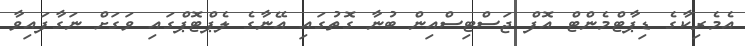
އެމެރިކާގެ ޑިޕާޓްމެންޓް އޮފް ޖަސްޓިސްއިން ބުނާ ގޮތުގައި އޭނާގެ ލެޕްޓޮޕްގައި ވަގަށް ނަގާފައިވާ